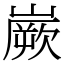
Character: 嶡